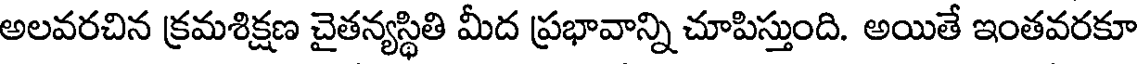
అలవరచిన క్రమశిక్షణ చైతన్యస్థితి మీద ప్రభావాన్ని చూపిస్తుంది. అయితే ఇంతవరకూ